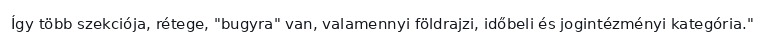
Így több szekciója, rétege, "bugyra" van, valamennyi földrajzi, időbeli és jogintézményi kategória."